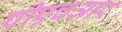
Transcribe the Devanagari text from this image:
पीएचआर